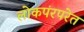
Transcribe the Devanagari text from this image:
लोकपंरपरेत